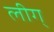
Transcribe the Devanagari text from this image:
लीग्